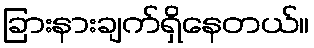
ခြားနားချက်ရှိနေတယ်။